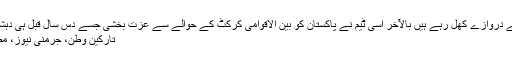
روشنیوں کے شہر کراچی میں آج انٹرنیشنل کرکٹ کے دروازے کھل رہے ہیں بالآخر اسی ٹیم نے پاکستان کو بین الاقوامی کرکٹ کے حوالے سے عزت بخشی جسے دس سال قبل ہی دہشت گردی کا سامنا کرنا پڑا تھا،سری لنکا کی ٹیم […]
تارکین وطن، جرمنی نیوز، مضامین و کالم، پاکستان نیوز Comments Off on ۔